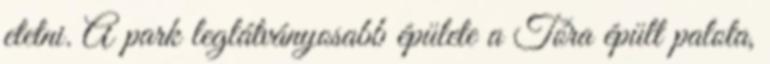
etetni. A park leglátványosabb épülete a Tóra épült palota,